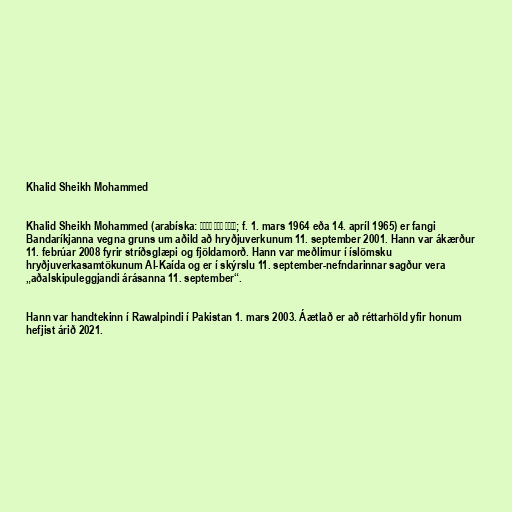
Khalid Sheikh Mohammed

Khalid Sheikh Mohammed (arabíska: خالد شيخ محمد; f. 1. mars 1964 eða 14. apríl 1965) er fangi
Bandaríkjanna vegna gruns um aðild að hryðjuverkunum 11. september 2001. Hann var ákærður
11. febrúar 2008 fyrir stríðsglæpi og fjöldamorð. Hann var meðlimur í íslömsku
hryðjuverkasamtökunum Al-Kaída og er í skýrslu 11. september-nefndarinnar sagður vera
„aðalskipuleggjandi árásanna 11. september“.

Hann var handtekinn í Rawalpindi í Pakistan 1. mars 2003. Áætlað er að réttarhöld yfir honum
hefjist árið 2021.